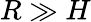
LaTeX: R\gg H